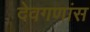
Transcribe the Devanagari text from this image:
देवगणांस